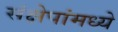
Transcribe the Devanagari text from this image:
संक्षेपांमध्ये